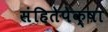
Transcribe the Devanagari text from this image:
संहितेपेक्षा